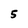
Character: 5